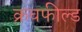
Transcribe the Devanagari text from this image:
क्रचफील्ड